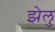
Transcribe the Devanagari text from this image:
झेलु